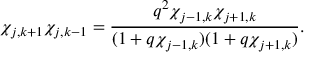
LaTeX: \chi _ { j , k + 1 } \chi _ { j , k - 1 } = \frac { q ^ { 2 } \chi _ { j - 1 , k } \chi _ { j + 1 , k } } { ( 1 + q \chi _ { j - 1 , k } ) ( 1 + q \chi _ { j + 1 , k } ) } .